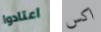
اعتادوا اكس